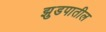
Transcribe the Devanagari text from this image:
झुडपातील